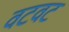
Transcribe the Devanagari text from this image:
वटवट